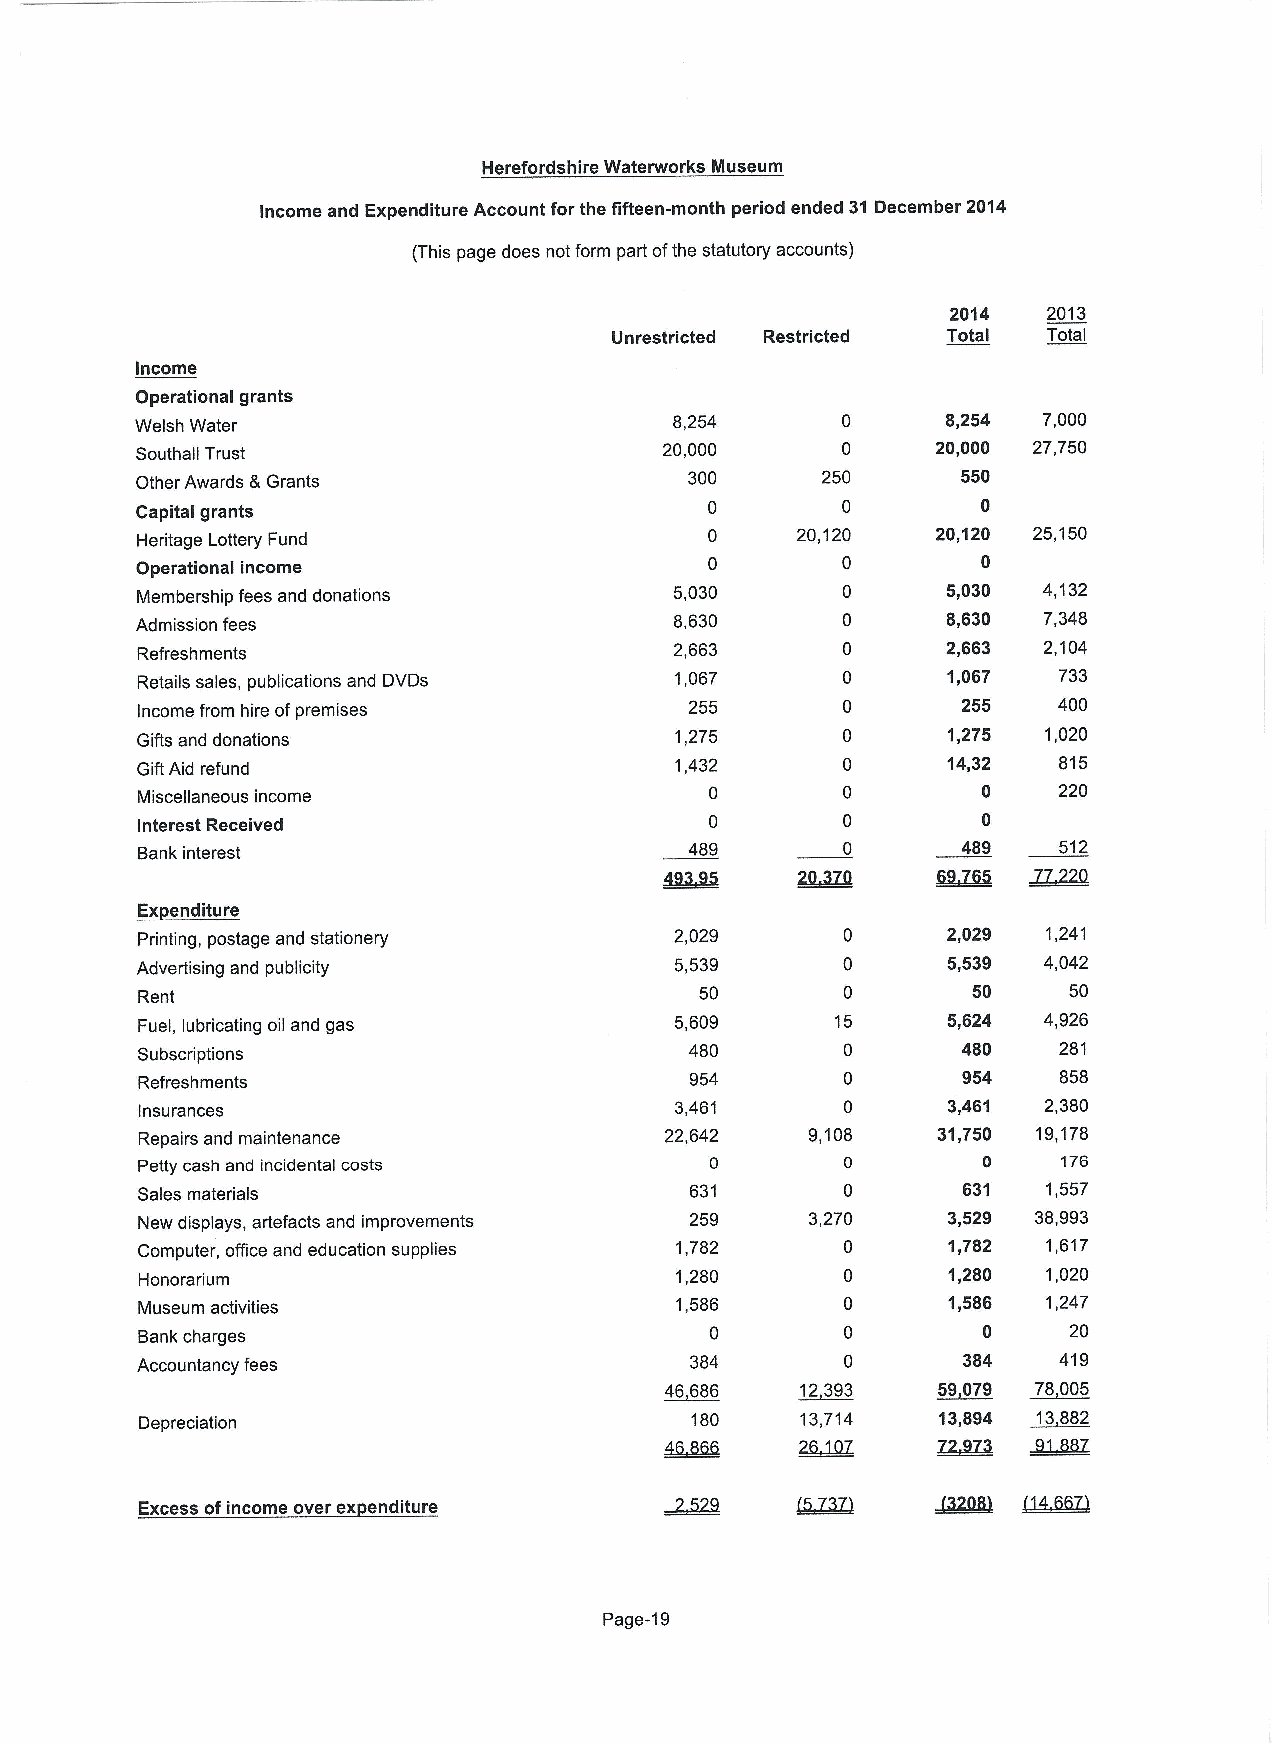
Herefordshire Waterworks Museum
 Income and Expenditure Account for the fifteen-month period ended 31 December 2014
 (This page does not form part ofthe statutory accounts)
 2014  2013
 Unrestricted Restricted Total Total
 Income
 Operational grants
 Welsh Water                         8,254      0      8,254 7,000
 Southall Trust                     20,000      0     20,000 27,750
 Other Awards 8 Grants                300     250       550
 Capital grants
 Heritage Lottery Fund
 20,120   20,120 25,150
 Operational income                             0        0
 Membership fees and donations       5,030             5,030 4,132
 Admission fees                      8,630             8,630 7,348
 Refreshments                        2,663             2,663 2,104
 Retails sales, publications and DVDs 1,067            1,067  733
 Income from hire ofpremises          255       0       255   400
 Gifts and donations                 1,275      0      1,275 1,020
 Gift Aid refund                     1,432      0      14,32  815
 Miscellaneous income                  0        0        0    220
 Interest Received                     0        0        0
 Bank interest                        489       0       489   512
 ~Ex enditure
 Printing, postage and stationery    2,029             2,029 1,241
 Advertising and publicity           5,539             5,539 4,042
 Rent                                 50                50     50
 Fuel, lubricating oil and gas       5,609     15      5,624 4,926
 Subscriptions                        480               480   281
 Refreshments                         954               954   858
 Insurances                          3,461             3,461 2,380
 Repairs and maintenance            22,642    9,108   31,750 19,178
 Petty cash and incidental costs       0        0        0    176
 Sales materials                      631               631  1,557
 New displays, artefacts and improvements 259 3,270    3,529 38,993
 Computer, office and education supplies 1,782  0      1,782 1,617
 Honorarium                          1,280      0      1,280 1,020
 Museum activities                   1,586      0      1,586 1,247
 Bank charges                          0        0        0     20
 Accountancy fees                     384       0       384   419
 46686    12393    ~59 079 78005
 Depreciation                         180    13,714   13,894 13882
 Excess ofincome over ex enditure
 Page-19